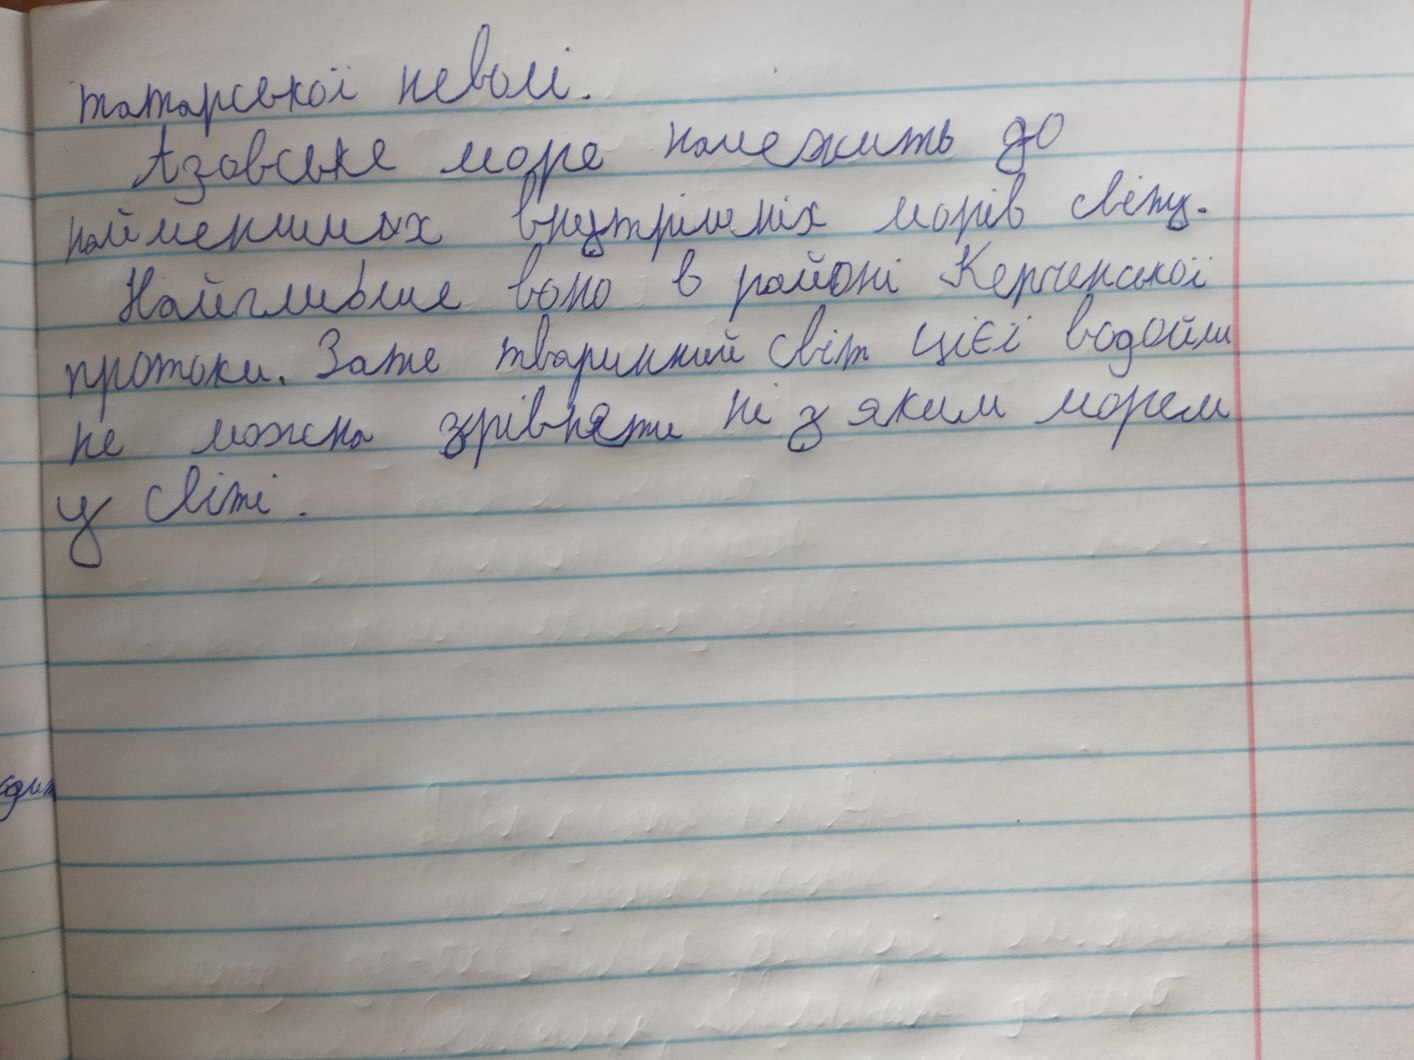
татарської неволі.
Азовське море належить до
найменших внутрішніх морів світу.
Найглибше воно в районі Керченської
протоки. Зате тваринний світ цієї водойми
не можна зрівняти ні з яким морем
у світі.